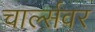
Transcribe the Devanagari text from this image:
चार्ल्सवर